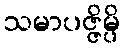
သမာပဇ္ဇိမ္ပိ